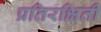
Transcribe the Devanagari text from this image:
प्रतिरक्षिती